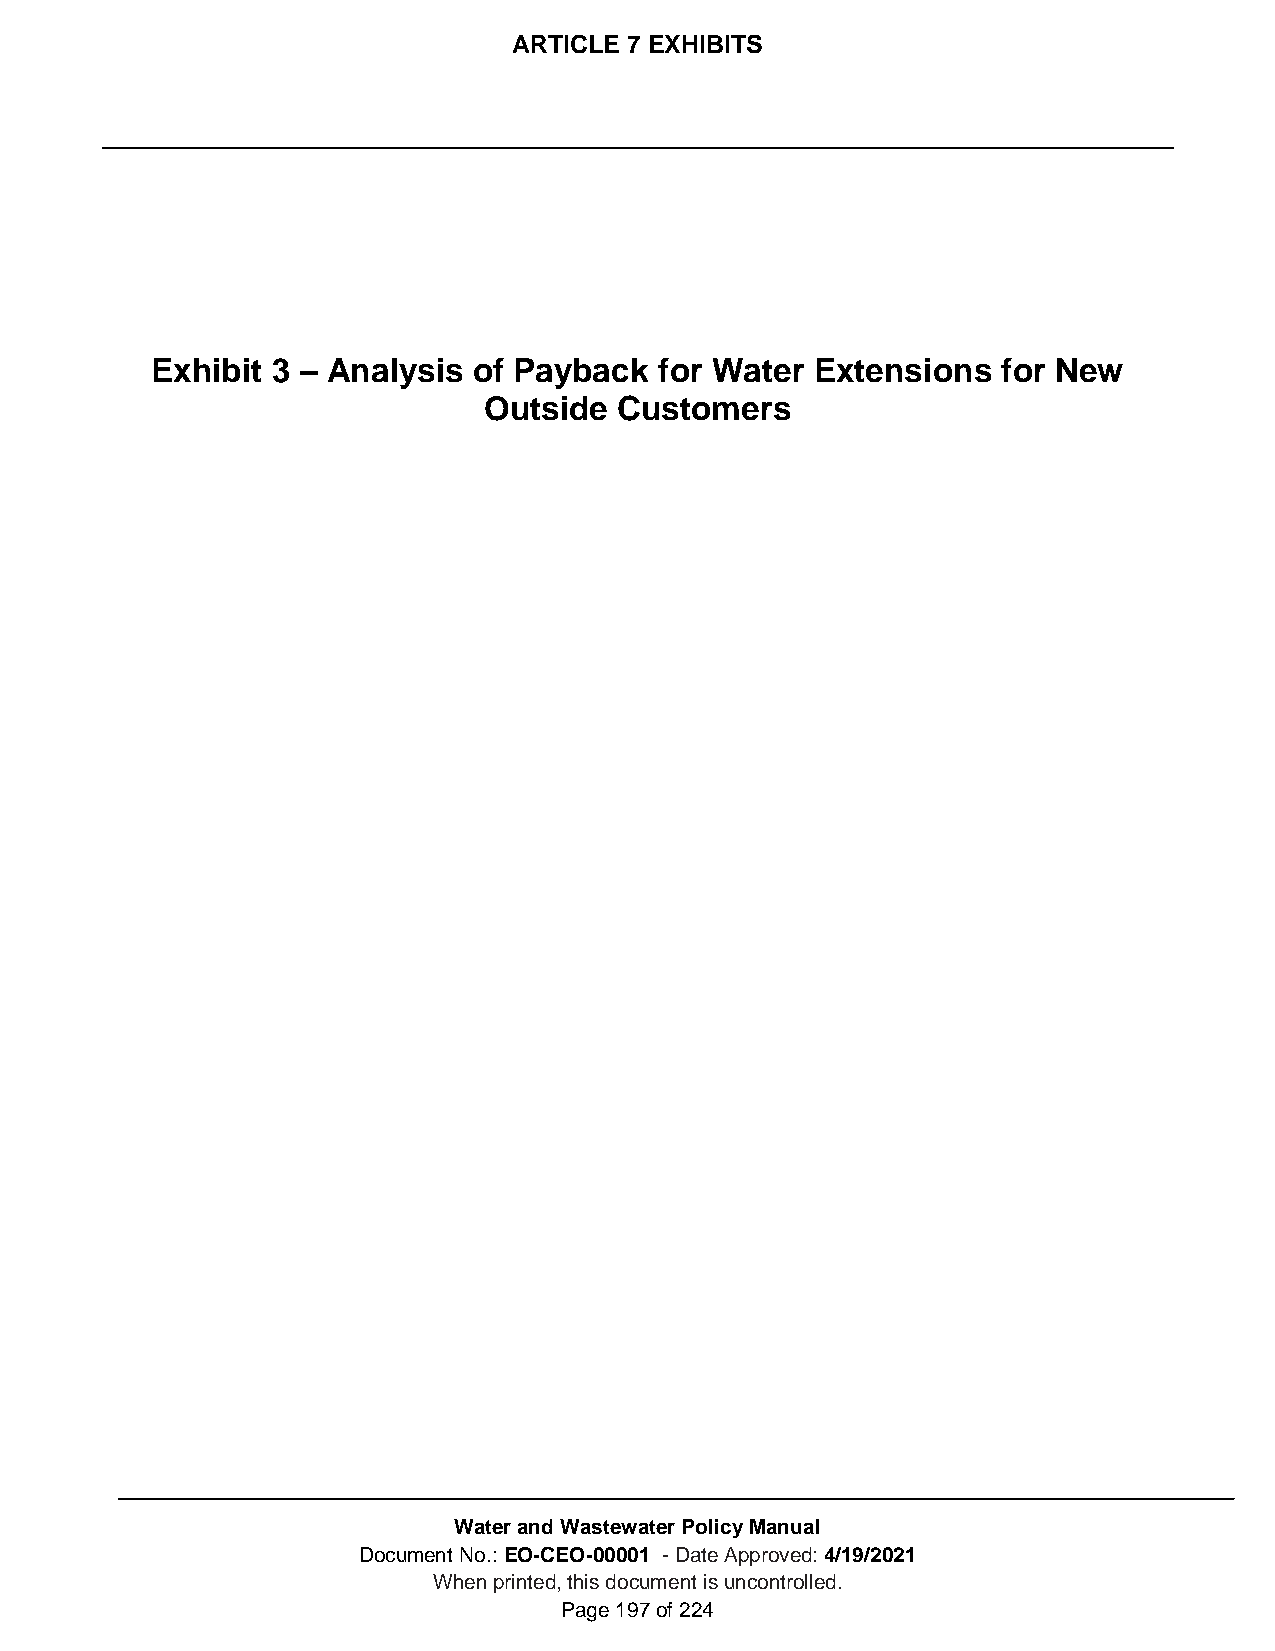
ARTICLE 7 EXHIBITS
 Exhibit 3 – Analysis of Payback   for Water Extensions  for New
 Outside  Customers
 Water and Wastewater Policy Manual
 Document No.: EO-CEO-00001 - Date Approved: 4/19/2021
 When printed, this document is uncontrolled.
 Page 197 of 224